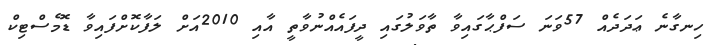
ހިނގާނެ ޢަދަދެއް 57ވަނަ ސަފްޙާގައިވާ ތާވަލުގައި ދީފައެއްނުވާތީ އާއި 2010އަށް ލަފާކޮށްފައިވާ ޑޮމެސްޓިކް